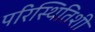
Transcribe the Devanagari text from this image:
परिस्थितिशी